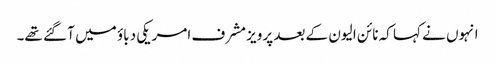
انہوں نے کہا کہ نائن الیون کے بعد پرویز مشرف امریکی دباؤ میں آ گئے تھے۔